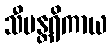
သီမန္တရိကာယ